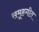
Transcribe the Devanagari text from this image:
समूहगीत